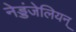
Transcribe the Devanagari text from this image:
नेड्डंजेलियन्